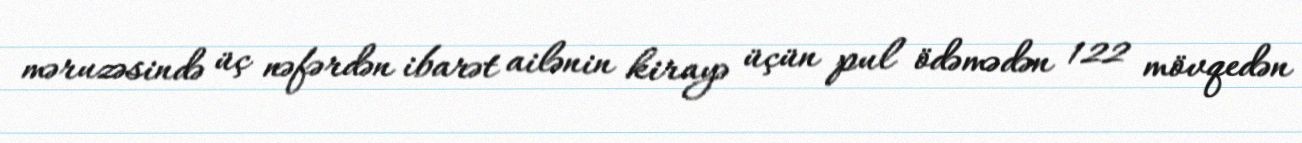
məruzəsində üç nəfərdən ibarət ailənin kirayə üçün pul ödəmədən 122 mövqedən